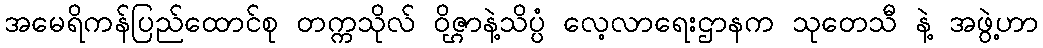
အမေရိကန်ပြည်ထောင်စု တက္ကသိုလ် ဝိဇ္ဌာနဲ့သိပ္ပံ လေ့လာရေးဌာနက သုတေသီ နဲ့ အဖွဲ့ဟာ